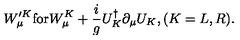
W _ { \mu } ^ { \prime K } \mathrm { f o r } W _ { \mu } ^ { K } + \frac { i } { g } U _ { K } ^ { \dagger } \partial _ { \mu } U _ { K } , ( K = L , R ) .